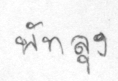
พัทลุง